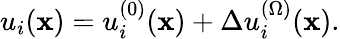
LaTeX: u_{i}({\mathbf x})=u_{i}^{(0)}({\mathbf x})+\Delta u_{i}^{(\Omega)}({\mathbf x}).